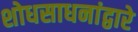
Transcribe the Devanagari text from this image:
शोधसाधनांद्वारे